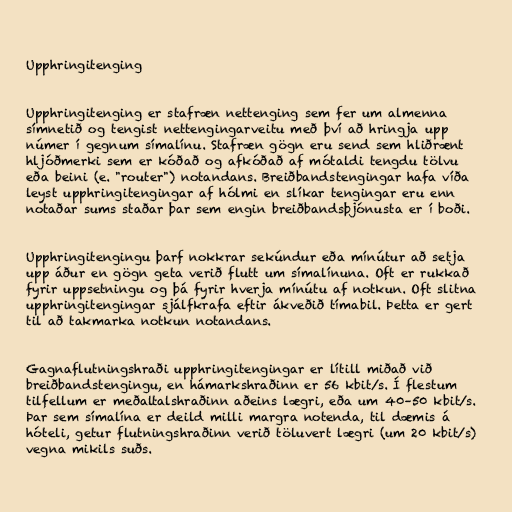
Upphringitenging

Upphringitenging er stafræn nettenging sem fer um almenna
símnetið og tengist nettengingarveitu með því að hringja upp
númer í gegnum símalínu. Stafræn gögn eru send sem hliðrænt
hljóðmerki sem er kóðað og afkóðað af mótaldi tengdu tölvu
eða beini (e. "router") notandans. Breiðbandstengingar hafa víða
leyst upphringitengingar af hólmi en slíkar tengingar eru enn
notaðar sums staðar þar sem engin breiðbandsþjónusta er í boði.

Upphringitengingu þarf nokkrar sekúndur eða mínútur að setja
upp áður en gögn geta verið flutt um símalínuna. Oft er rukkað
fyrir uppsetningu og þá fyrir hverja mínútu af notkun. Oft slitna
upphringitengingar sjálfkrafa eftir ákveðið tímabil. Þetta er gert
til að takmarka notkun notandans.

Gagnaflutningshraði upphringitengingar er lítill miðað við
breiðbandstengingu, en hámarkshraðinn er 56 kbit/s. Í flestum
tilfellum er meðaltalshraðinn aðeins lægri, eða um 40–50 kbit/s.
Þar sem símalína er deild milli margra notenda, til dæmis á
hóteli, getur flutningshraðinn verið töluvert lægri (um 20 kbit/s)
vegna mikils suðs.